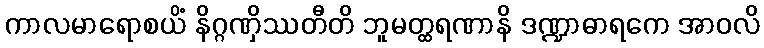
ကာလမာရောစယိံ နိဂ္ဂဏှိဿတီတိ ဘူမတ္ထရဏာနိ ဒဏ္ဍာဓာရကေ အာဝလိ